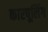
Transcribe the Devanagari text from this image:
कारपूलिंग